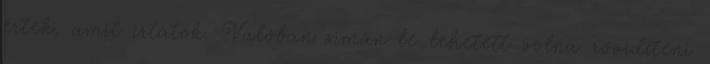
értek, amit írtatok. Valóban simán le lehetett volna rövidíteni